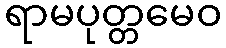
ရာမပုတ္တမေဝ